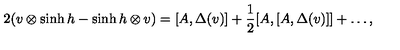
2 ( v \otimes \sinh h - \sinh h \otimes v ) = [ A , \Delta ( v ) ] + \frac { 1 } { 2 } [ A , [ A , \Delta ( v ) ] ] + \ldots ,